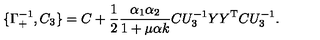
\{ \Gamma _ { + } ^ { - 1 } , C _ { 3 } \} = C + \frac { 1 } { 2 } \frac { \alpha _ { 1 } \alpha _ { 2 } } { 1 + \mu \alpha k } C U _ { 3 } ^ { - 1 } Y Y ^ { \mathrm { T } } C U _ { 3 } ^ { - 1 } .